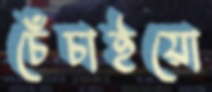
চেঁচাইয়ো